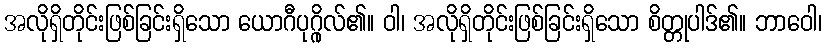
အလိုရှိတိုင်းဖြစ်ခြင်းရှိသော ယောဂီပုဂ္ဂိုလ်၏။ ဝါ၊ အလိုရှိတိုင်းဖြစ်ခြင်းရှိသော စိတ္တုပါဒ်၏။ ဘာဝေါ၊